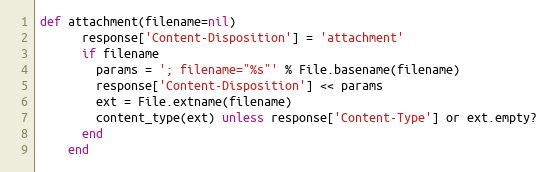
Language: Ruby
def attachment(filename=nil)
      response['Content-Disposition'] = 'attachment'
      if filename
        params = '; filename="%s"' % File.basename(filename)
        response['Content-Disposition'] << params
        ext = File.extname(filename)
        content_type(ext) unless response['Content-Type'] or ext.empty?
      end
    end